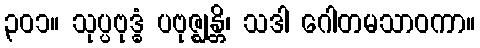
၃၀၁။ သုပ္ပဗုဒ္ဓံ ပဗုဇ္ဈန္တိ၊ သဒါ ဂေါတမသာဝကာ။